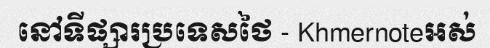
នៅទីផ្សារប្រទេសថៃ - Khmernoteអស់